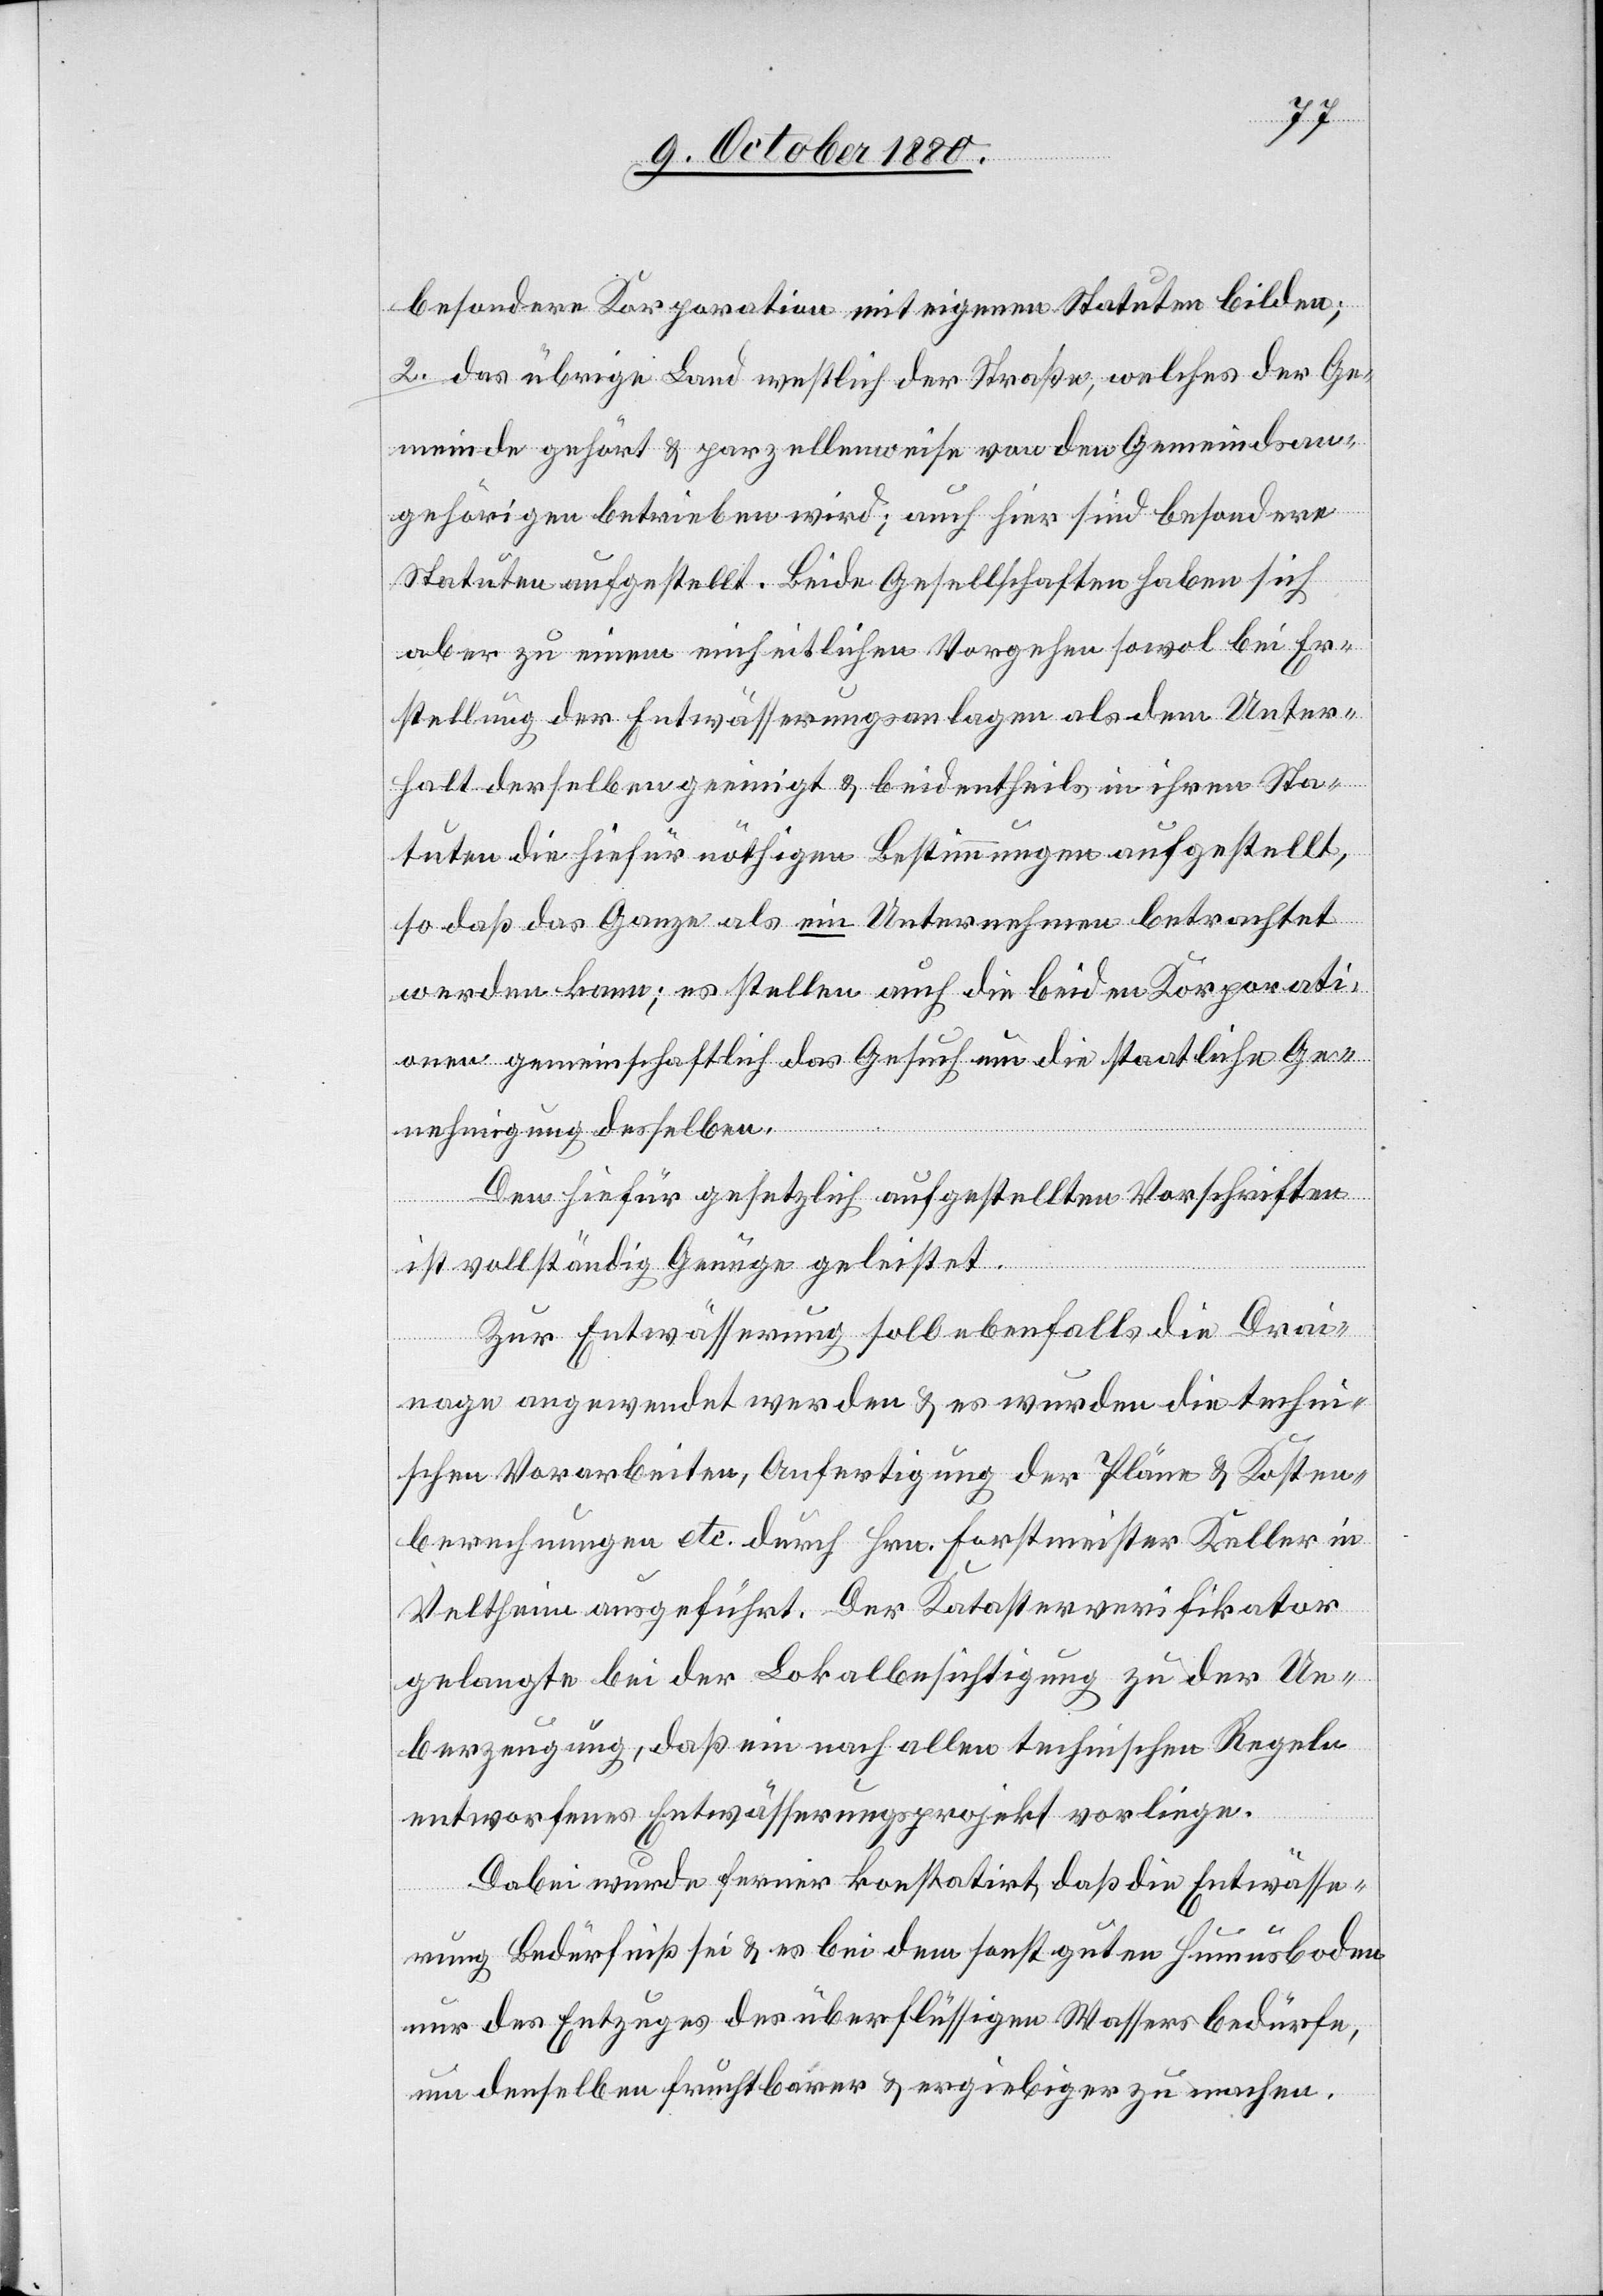
besondere Korporation mit eigenen Statuten bilden;
2. das übrige Land westlich der Straße, welches der Ge¬
meinde gehört & parzellenweise von den Gemeindsan¬
gehörigen betrieben wird; auch hier sind besondere
Statuten aufgestellt. Beide Gesellschaften haben sich
aber zu einem einheitlichen Vorgehen sowol bei Er¬
stellung der Entwässerungsanlagen als den Unter¬
halt derselben geeinigt & beidentheils in ihren Sta¬
tuten die hierfür nöthigen Bestimmungen aufgestellt,
so daß das Ganze als ein Unternehmen betrachtet
werden kann; es stellen auch die beiden Korporati¬
onen gemeinschaftlich das Gesuch an die staatliche Ge¬
nehmigung derselben.
Den hierfür gesetzlich aufgestellten Vorschriften
ist vollständig Genüge geleistet.
Zur Entwässerung soll ebenfalls die Drai¬
nage angewendet werden & es wurden die techni¬
schen Vorarbeiten, Anfertigung der Pläne & Kosten¬
berechnungen etc. durch Hrn. Forstmeister Keller in
Veltheim ausgeführt. Der Katasterverifikator
gelangte bei der Lokalbesichtigung zu der Ue¬
berzeugung, daß ein nach allen technischen Regeln
entworfenes Entwässerungsprojekt vorliege.
Dabei wurde ferner konstatirt, daß die Entwässe¬
rung Bedürfniß sei & es bei dem sonst guten Humusboden
nur des Entzuges der überflüssigen Wassers bedürfe,
um denselben fruchtbarer & ergiebiger zu machen